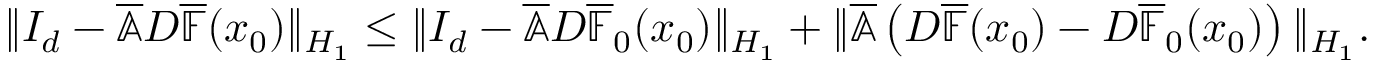
\begin{array} { r } { \| I _ { d } - \overline { { \mathbb { A } } } D \overline { { \mathbb { F } } } ( x _ { 0 } ) \| _ { H _ { 1 } } \leq \| I _ { d } - \overline { { \mathbb { A } } } D \overline { { \mathbb { F } } } _ { 0 } ( x _ { 0 } ) \| _ { H _ { 1 } } + \| \overline { { \mathbb { A } } } \left( D \overline { { \mathbb { F } } } ( x _ { 0 } ) - D \overline { { \mathbb { F } } } _ { 0 } ( x _ { 0 } ) \right) \| _ { H _ { 1 } } . } \end{array}